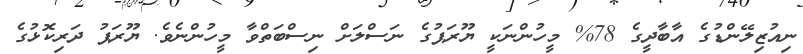
ނިއުޒިލޭންޑުގެ އާބާދީގެ 78% މީހުންނަކީ ޔޫރަޕުގެ ނަސްލަށް ނިސްބަތްވާ މީހުންނެވެ. ޔޫރަޕު ދަރިކޮޅުގެ